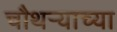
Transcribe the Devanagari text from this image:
चौथऱ्याच्या